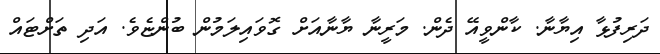
ދަރިފުޅާ އިޔާނާ. ކާންވީއޭ ދެން. މަރީނާ ޔާނާއަށް ގޮވައިލަމުން ބުންޏެވެ. އަދި ތަށްޓައް